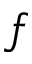
f